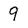
Character: 9